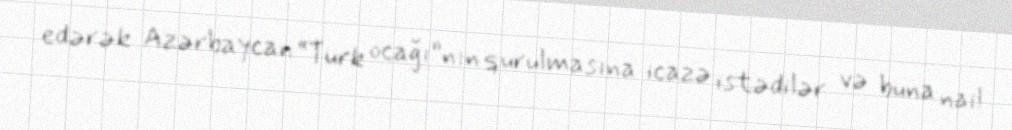
edərək Azərbaycan “Türk ocağı”nın qurulmasına icazə istədilər və buna nail